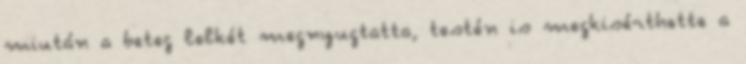
miután a beteg lelkét megnyugtatta, testén is megkisérthette a